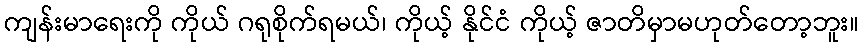
ကျန်းမာရေးကို ကိုယ် ဂရုစိုက်ရမယ်၊ ကိုယ့် နိုင်ငံ ကိုယ့် ဇာတိမှာမဟုတ်တော့ဘူး။